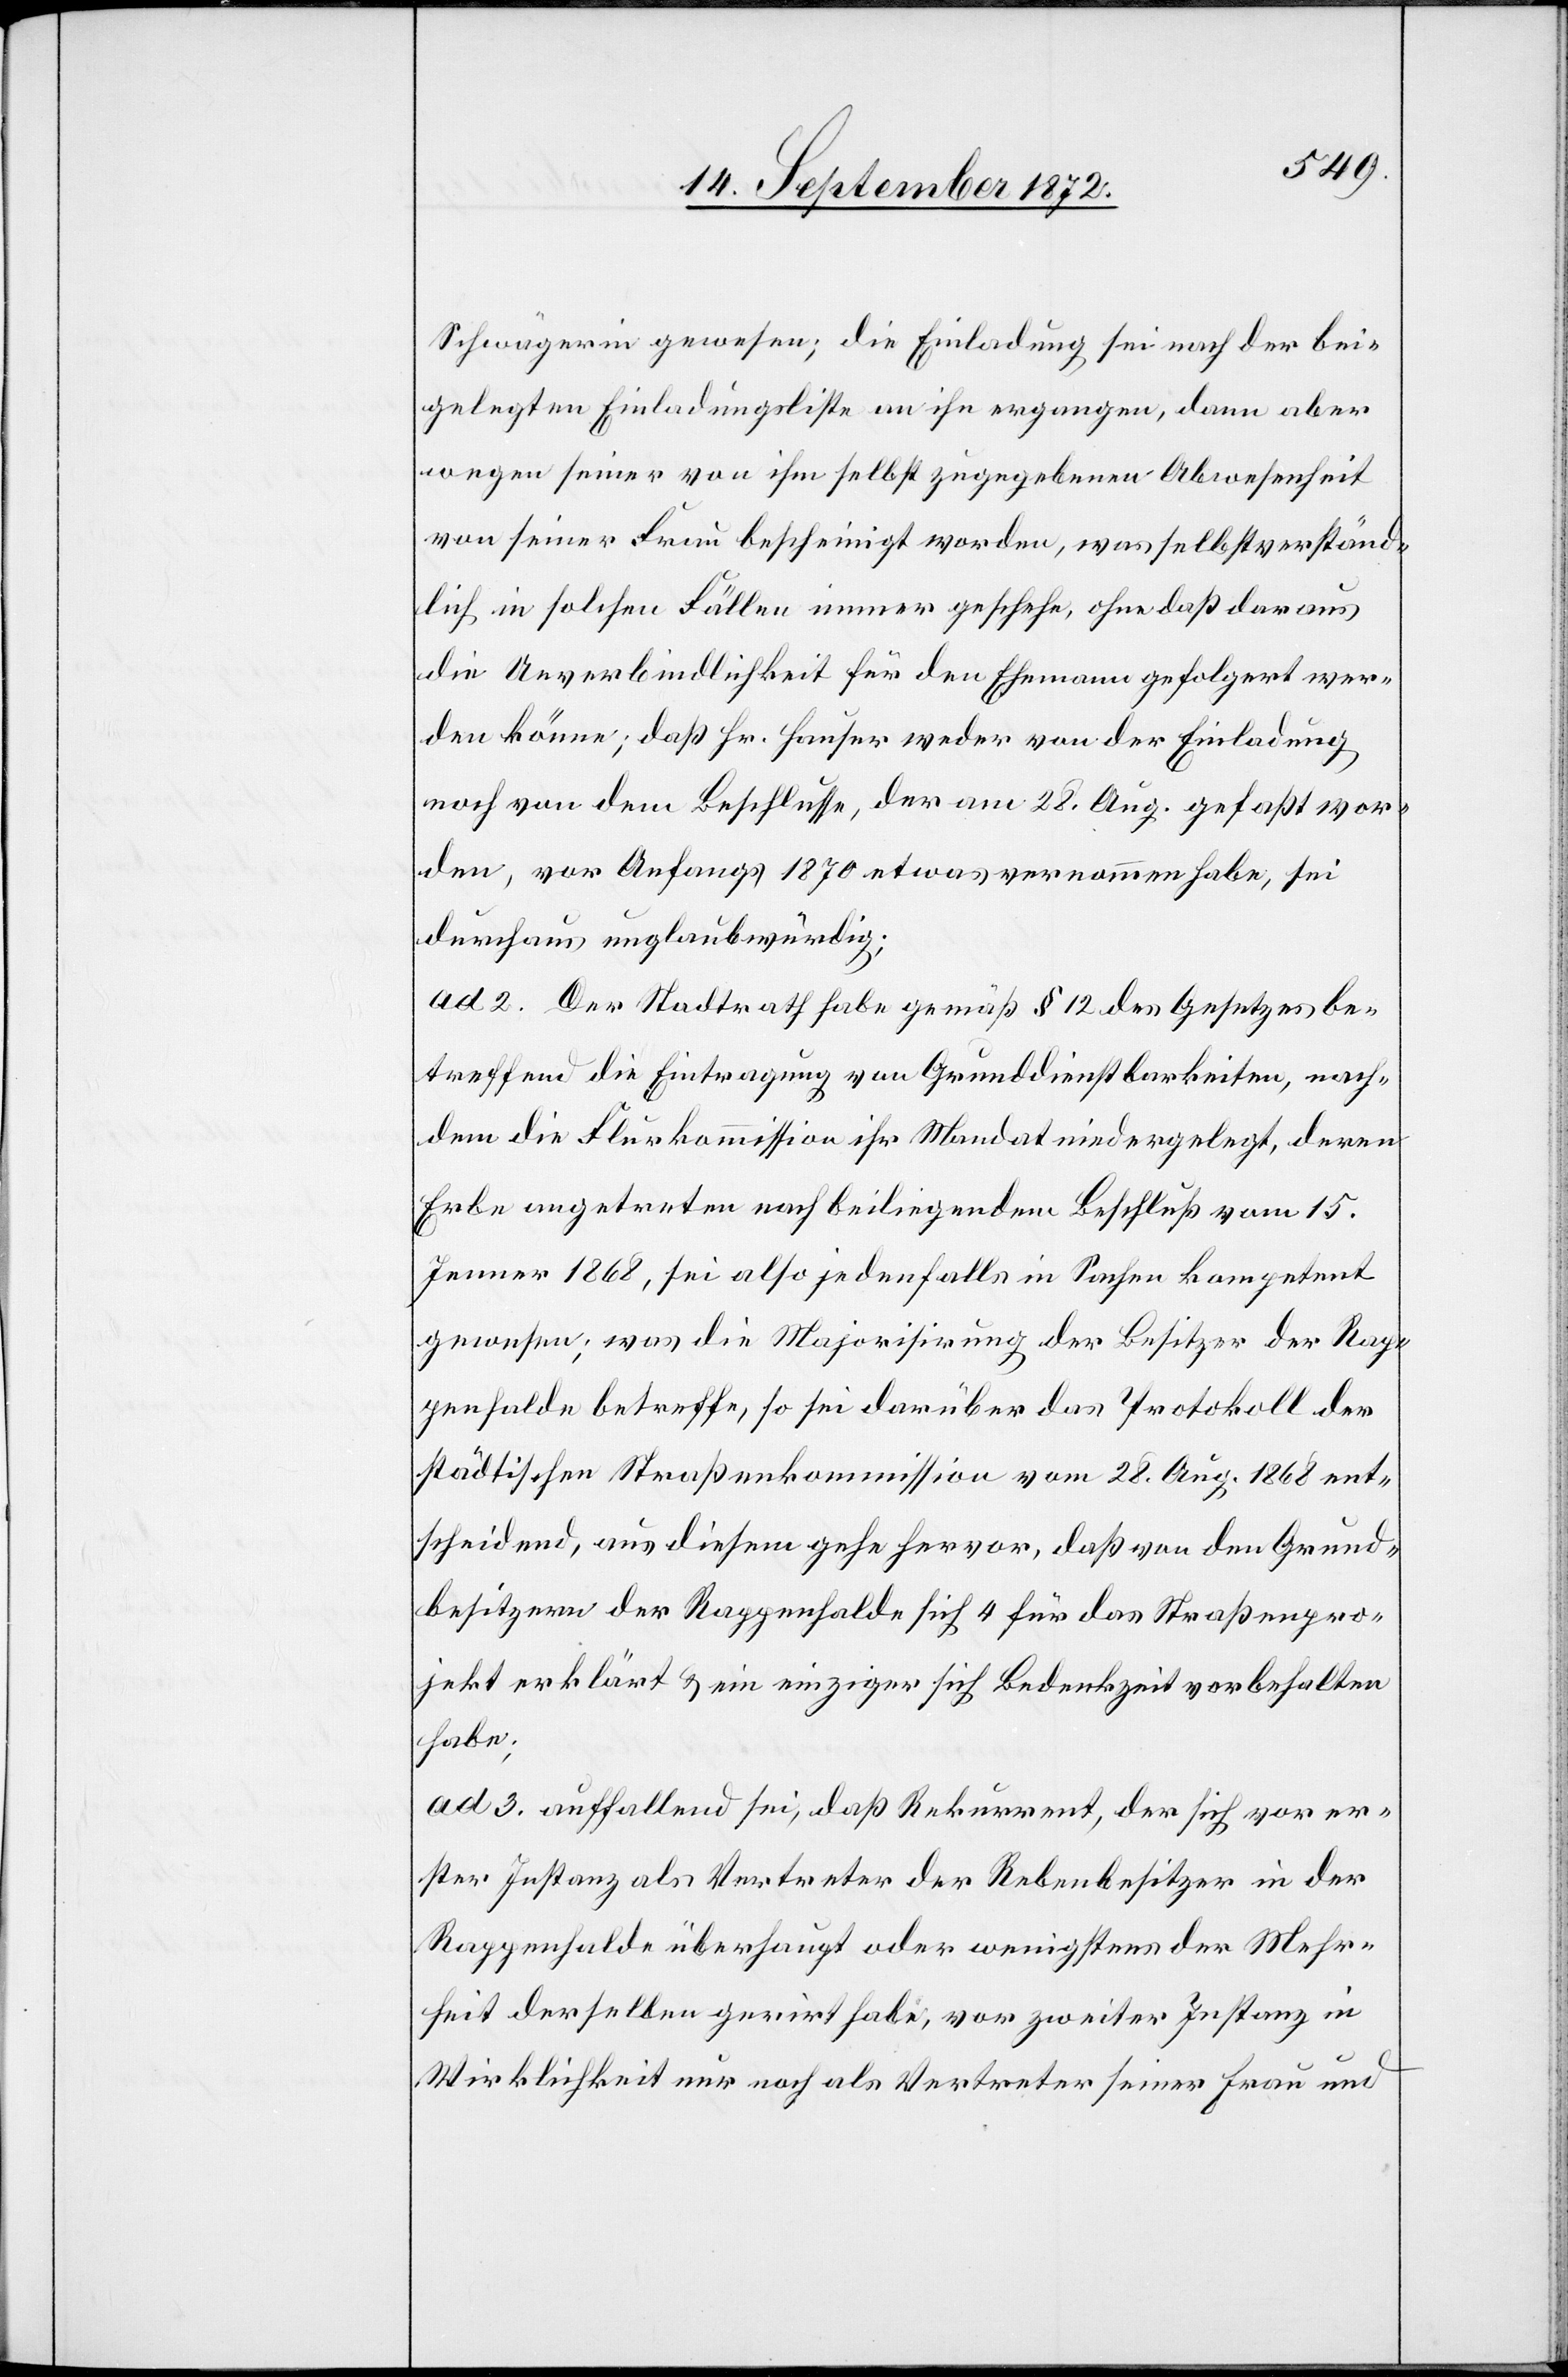
Schwägerin gewesen; die Einladung sei nach der bei¬
gelegten Einladungsliste an ihn ergangen, dann aber
wegen seiner von ihm selbst zugegebenen Abwesenheit
von seiner Frau bescheinigt worden, was selbstverständ¬
lich in solchen Fällen immer geschehe, ohne daß daraus
die Unverbindlichkeit für den Ehemann gefolgert wer¬
den könne; daß Hr. Hauser weder von der Einladung
noch von dem Beschlusse, der am 28. Aug. gefaßt wor¬
den, vor Anfangs 1870 etwas vernommen habe, sei
durchaus unglaubwürdig.
ad 2. Der Stadtrath habe gemäß § 12 des Gesetzes be¬
treffend die Eintragung von Grunddienstbarkeiten, nach¬
dem die Flurkommission ihr Mandat niedergelegt, deren
Erbe angetreten nach beiliegenden Beschluß vom 15.
Jenner 1868, sei also jedenfalls in Sachen kompetent
gewesen; was die Majorisirung der Besitzer der Rap¬
penhalde betreffe, so sei darüber das Protokoll der
städtischen Straßenkommission vom 28. Aug. 1868 ent¬
scheidend, aus diesem gehe hervor, daß von den Grund¬
besitzern der Rappenhalde sich 4 für das Straßenpro¬
jekt erklärt u. ein einziger sich Bedenkzeit vorbehalten
habe;
ad 3. auffallend sei, daß Rekurrent, der sich vor er¬
ster Instanz als Vertreter der Rebenbesitzer in der
Rappenhalde überhaupt oder wenigstens der Mehr¬
heit derselben gerirt habe, vor zweiter Instanz in
Wirklichkeit nur noch als Vertreter seiner Frau und